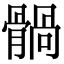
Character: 䯞